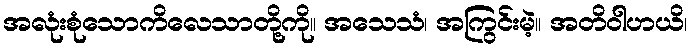
အလုံးစုံသောကိလေသာတို့ကို။ အသေသံ၊ အကြွင်းမဲ့။ အတိဝါဟယိ၊